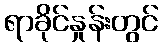
ရာခိုင်နှုန်းတွင်